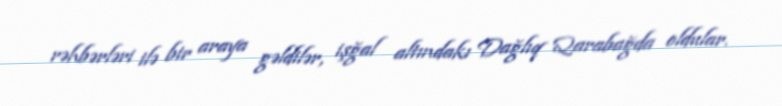
rəhbərləri ilə bir araya gəldilər, işğal altındakı Dağlıq Qarabağda oldular.